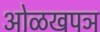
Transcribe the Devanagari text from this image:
ओळखपञ